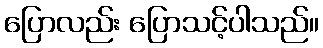
ပြောလည်း ပြောသင့်ပါသည်။